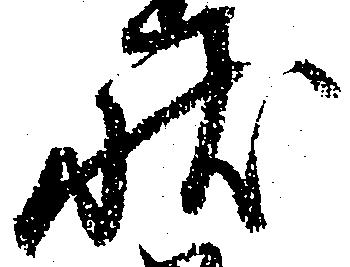
状